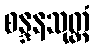
စန္ဒနသုတ္တံ